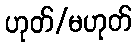
ဟုတ်/မဟုတ်